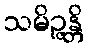
သမိဉ္ဇန္တိ